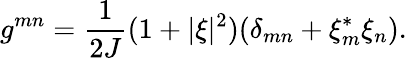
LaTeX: g^{mn}=\frac{1}{2J}(1+\vert\xi\vert^{2})(\delta_{mn}+\xi_{m}^{*}\xi_{n}).